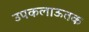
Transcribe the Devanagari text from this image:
उपकलाऊतक